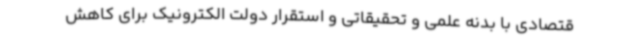
قتصادی با بدنه علمی و تحقیقاتی و استقرار دولت الکترونیک برای کاهش